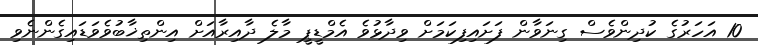
10 އަހަރުގެ ކުދިންވެސް ގިނަވާން ފަށައިފިކަމަށް ވިދާޅުވެ އެމްޑީޕީ މާލެ ދާއިރާއަށް އިންތިޚާބުވެވަޑައިގެންނެވި